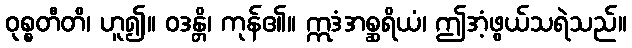
ဝုစ္စတီတိ၊ ဟူ၍။ ဝဒန္တိ၊ ကုန်၏။ ဣဒံအစ္ဆရိယံ၊ ဤအံ့ဖွယ်သရဲသည်။